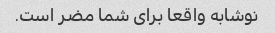
نوشابه واقعا برای شما مضر است.